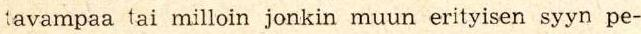
tavampaa tai milloin jonkin muun erityisen syyn pe-